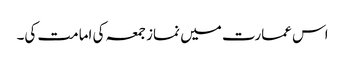
اس عمارت میں نماز جمعہ کی امامت کی۔